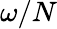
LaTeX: \omega/N